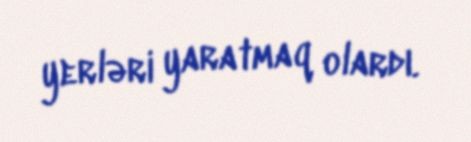
yerləri yaratmaq olardı.